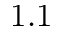
1 . 1